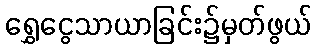
ရွှေငွေသာယာခြင်း၌မှတ်ဖွယ်